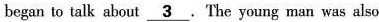
began to talk about \underline{3}.The young man was also